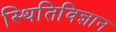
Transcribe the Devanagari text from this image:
स्थितिविज्ञान